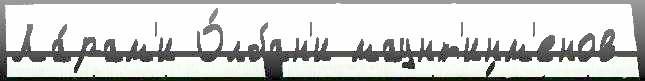
Ла́рам'и О́лбан'и маунт'инм'енов